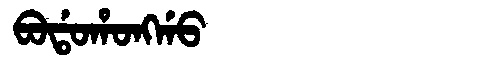
Manchu: ᠪᠣᡩᠣᡥᠣᠩᡤᠣ
Romanization: BODOHONGGO